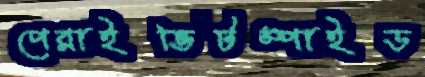
পেরাইভিটস্পাইড